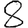
Digit: 8